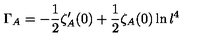
\Gamma _ { A } = - \frac { 1 } { 2 } \zeta _ { A } ^ { \prime } ( 0 ) + \frac { 1 } { 2 } \zeta _ { A } ( 0 ) \ln l ^ { 4 }